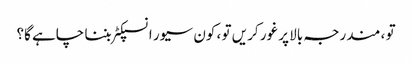
تو ، مندرجہ بالا پر غور کریں تو ، کون سیور انسپکٹر بننا چاہے گا؟